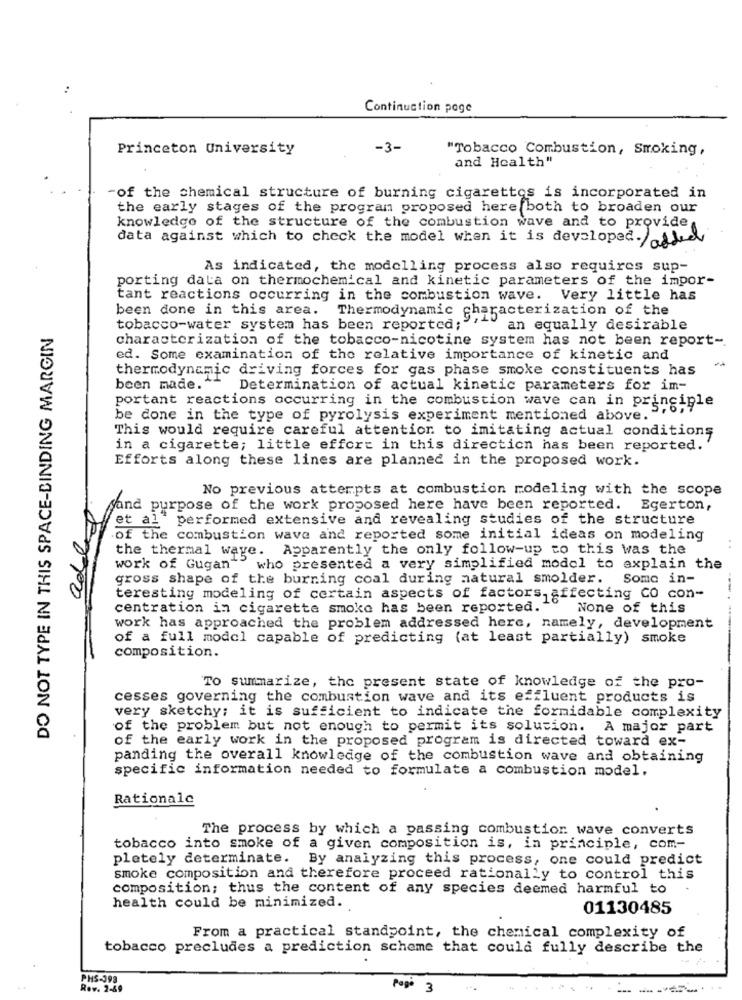
Continuation page
Princeton University
-3-
"Tobacco Combustion, Smoking,
and Health"
of the chemical structure of burning cigarettes is incorporated in
the early stages of the program proposed here both to broaden our
knowledge of the structure of the combustion wave and to provide
data against which to check the model when it is developed./added
As indicated, the modelling process also requires sup-
porting data on thermochemical and kinetic parameters of the impor-
tant reactions occurring in the combustion wave. Very little has
been done in this area.
Thermodynamic characterization of the
DO NOT TYPE IN THIS SPACE-BINDING MARGIN
tobacco-water system has been reported;"
an equally desirable
characterization of the tobacco-nicotine system has not been report-
ed. Some examination of the relative importance of kinetic and
thermodynamic driving forces for gas phase smoke constituents has
been made." Determination of actual kinetic parameters for im-
portant reactions occurring in the combustion wave can in principle
be done in the type of pyrolysis experiment mentioned above.
This would require careful attention to imitating actual conditions
in a cigarette; little effort in this direction has been reported.
Efforts along these lines are planned in the proposed work.
No previous atterpts at combustion modeling with the scope
sand purpose of the work proposed here have been reported. Egerton,
et al' performed extensive and revealing studies of the structure
of the combustion wave and reported some initial ideas on modeling
the thermal wave. Apparently the only follow-up to this was the
ad
work of Gugan"" who presented a very simplified model to explain the
gross shape of the burning coal during natural smolder. Some in-
teresting modeling of certain aspects of factors, affecting CO con-
....
centration in cigarette smoke has been reported."
None of this
work has approached the problem addressed herc, namely, development
of a full model capable of predicting (at least partially) smoke
composition.
To summarize, the present state of knowledge of the pro-
cesses governing the combustion wave and its effluent products is
very sketchy; it is sufficient to indicate the formidable complexity
of the problem but not enough to permit its solucion. A major part
of the early work in the proposed program is directed toward ex-
panding the overall knowledge of the combustion wave and obtaining
specific information needed to formulate a combustion model,
Rationale
The process by which a passing combustion wave converts
tobacco into smoke of a given composition is, in principle, com-
pletely determinate. By analyzing this process, one could predict
smoke composition and therefore proceed rationally to control this
composition; thus the content of any species deemed harmful to
health could be minimized.
01130485
From a practical standpoint, the chemical complexity of
tobacco precludes a prediction scheme that could fully describe the
PHS-393
Rev. 2-69
Page 3